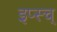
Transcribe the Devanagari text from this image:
इप्स्च्